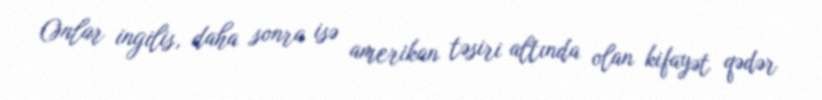
Onlar ingilis, daha sonra isə amerikan təsiri altında olan kifayət qədər